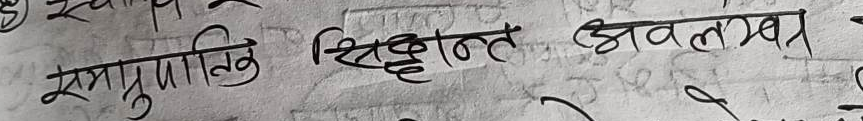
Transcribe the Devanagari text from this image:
समानुपातिक सिद्धान्त अवलम्ब